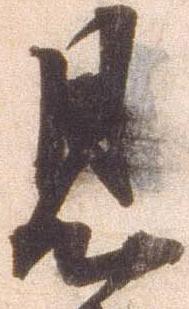
見